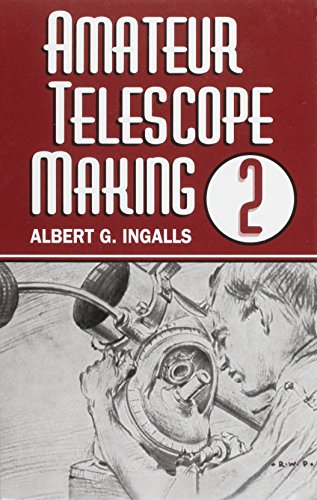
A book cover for Amateur Telescope Making (Vol. 2); Science & Math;